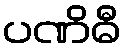
ပဏိဓီ